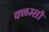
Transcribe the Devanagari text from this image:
क्लम्सी